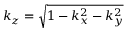
k _ { z } = \sqrt { 1 - k _ { x } ^ { 2 } - k _ { y } ^ { 2 } }